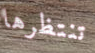
تنتظرها